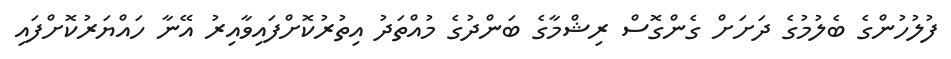
ފުލުހުންގެ ބެލުމުގެ ދަށަށް ގެންގޮސް ރިޝްމާގެ ބަންދުގެ މުއްތަދު އިތުރުކޮށްފައިވާއިރު އޭނާ ހައްޔަރުކޮށްފައި